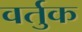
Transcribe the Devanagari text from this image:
वर्तुक